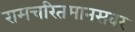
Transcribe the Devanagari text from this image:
रामचरितमानसवर